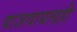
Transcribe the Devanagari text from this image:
वाजवायलाही